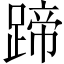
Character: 蹄